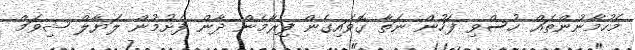
މެހުމާނުންތައް ހުސްވި ފަހުން ނަތާ ގޮވައިގެން ފިރާމެން ދާން ފެށުމުން ލަޔާލް ޝިވަމް